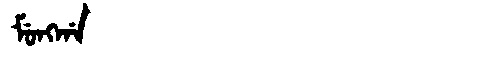
Manchu: ᠮᡠᠩᡤᠠ
Romanization: MUNGGA